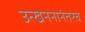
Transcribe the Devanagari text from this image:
उत्खननानंतरचे